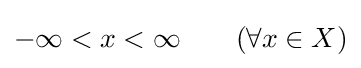
-\infty <x<\infty \qquad (\forall x\in X)